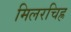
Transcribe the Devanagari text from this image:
मिलरचिह्र